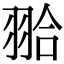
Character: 𦐬